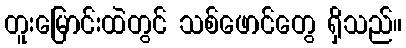
တူးမြောင်းထဲတွင် သစ်ဖောင်တွေ ရှိသည်။